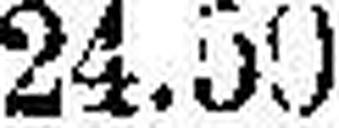
24.50